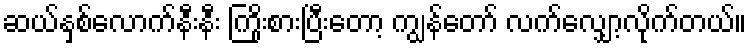
ဆယ်နှစ်လောက်နီးနီး ကြိုးစားပြီးတော့ ကျွန်တော် လက်လျှော့လိုက်တယ်။